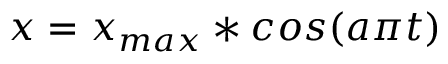
x = x _ { m a x } * c o s ( a { \pi } t )